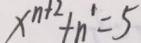
x ^ { n + 2 } + n ^ { 1 } = 5